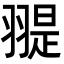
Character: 𦑧